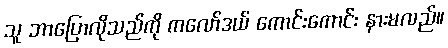
သူ ဘာပြောလိုသည်ကို ကလော်ဒယ် ကောင်းကောင်း နားမလည်။